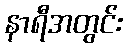
နာရီအတွင်း